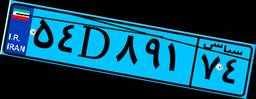
۵۴D۸۹۱۷۴